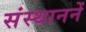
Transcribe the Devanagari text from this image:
संस्थाननें